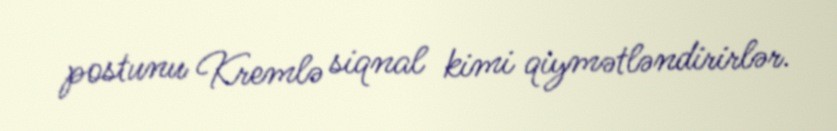
postunu Kremlə siqnal kimi qiymətləndirirlər.